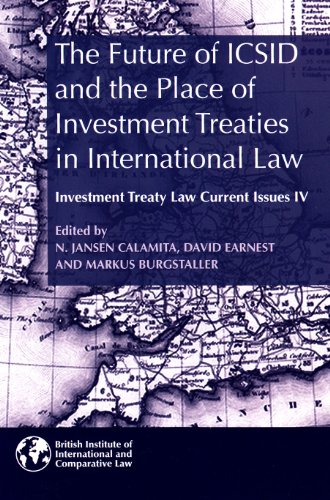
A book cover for The Future of ICSID and the Place of Investment Treaties in International Law: Current Issues in Investment Treaty Law Volume 4 (Investment Treaty Law: Current Issues); Law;